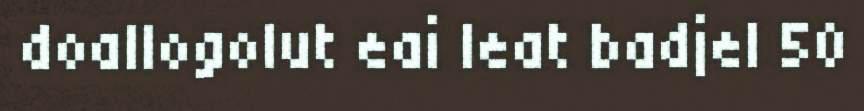
doallogolut eai leat badjel 50